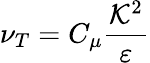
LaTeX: \nu_{T}=C_{\mu}\frac{\mathcal{K}^{2}}{\varepsilon}